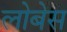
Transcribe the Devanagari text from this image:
लोबेस